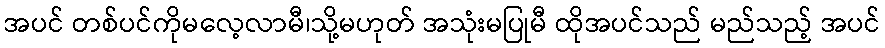
အပင် တစ်ပင်ကိုမလေ့လာမီ၊သို့မဟုတ် အသုံးမပြုမီ ထိုအပင်သည် မည်သည့် အပင်